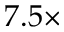
7 . 5 \times